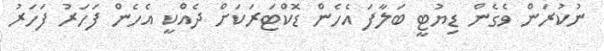
ނުކުރަން ވެގެން ޑިޔުޓީ ބަލާފަ އެހެން ޑޮކްޓަރަކަށް ދެއްކީ އެހެން ފަހަރު ފަހަރު